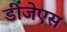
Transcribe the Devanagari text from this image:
डीजेएस